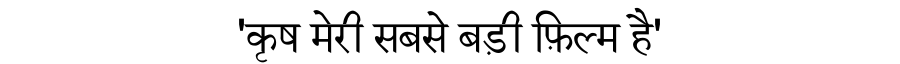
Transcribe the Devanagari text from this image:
'कृष मेरी सबसे बड़ी फ़िल्म है'